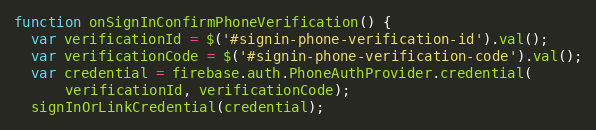
Language: JavaScript
function onSignInConfirmPhoneVerification() {
  var verificationId = $('#signin-phone-verification-id').val();
  var verificationCode = $('#signin-phone-verification-code').val();
  var credential = firebase.auth.PhoneAuthProvider.credential(
      verificationId, verificationCode);
  signInOrLinkCredential(credential);